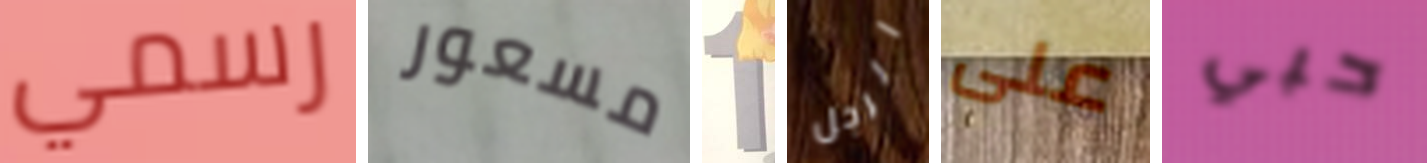
رسمي مسعور 1 الرجل على حبي